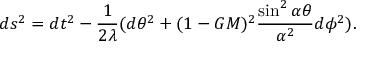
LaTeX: d s ^ { 2 } = d t ^ { 2 } - \frac { 1 } { 2 \lambda } ( d \theta ^ { 2 } + ( 1 - G M ) ^ { 2 } \frac { \sin ^ { 2 } \alpha \theta } { \alpha ^ { 2 } } d \phi ^ { 2 } ) .